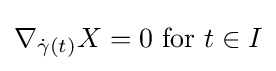
\nabla _{{\dot {\gamma }}(t)}X=0{\text{ for }}t\in I